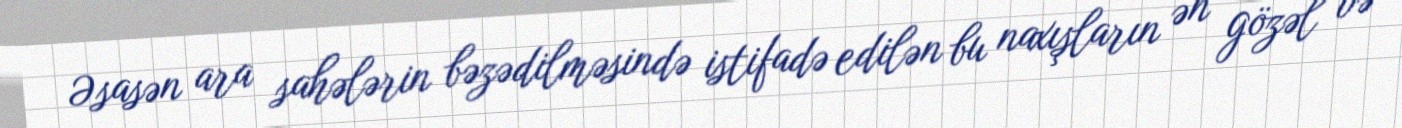
Əsasən ara sahələrin bəzədilməsində istifadə edilən bu naxışların ən gözəl və